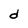
Character: d